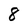
Character: 8